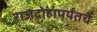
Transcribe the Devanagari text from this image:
राजद्रोहापर्यंतचे